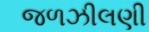
જળઝીલણી